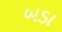
બડા